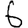
Digit: 6